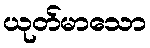
ယုတ်မာသော